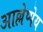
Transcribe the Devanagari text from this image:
आल्लेप्पेय